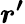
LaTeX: \boldsymbol{r^{\prime}}